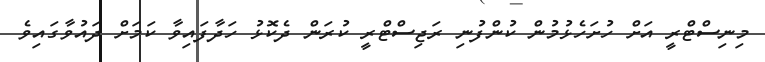
މިނިސްޓްރީ އަށް ހުށަހެޅުމުން ކުންފުނި ރަޖިސްޓްރީ ކުރަން ދެކޮޅު ހަދާފައިވާ ކަމަށް ދައުވާގައިވެ